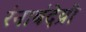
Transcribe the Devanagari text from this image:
रंनाबंदेय्री